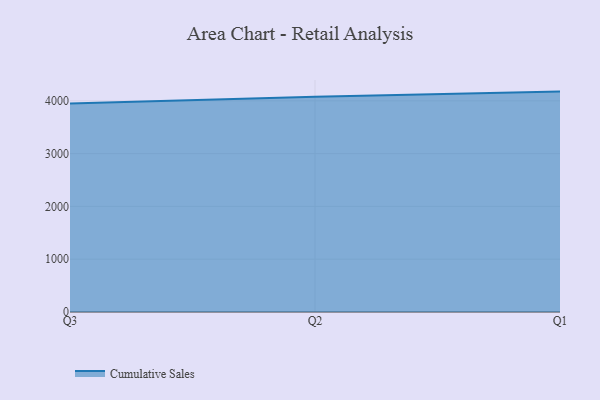
{"axis": {"x": "Quarter", "y": "Population (Million)"}, "legend": ["Cumulative Sales"], "data": [{"x": "Q3", "y": 3949.8, "type": "Cumulative Sales"}, {"x": "Q2", "y": 4079.8, "type": "Cumulative Sales"}, {"x": "Q1", "y": 4175.2, "type": "Cumulative Sales"}]}